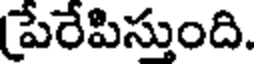
పేరేపిస్తుంది.